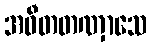
အဝီတတဏှာသေ